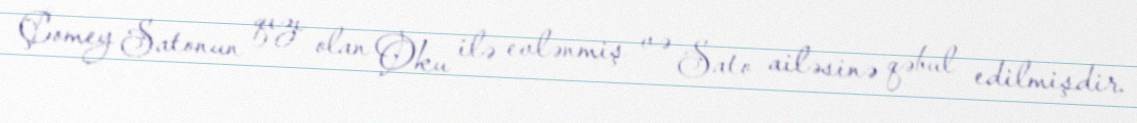
Çomey Satonun qızı olan Oku ilə evlənmiş və Sato ailəsinə qəbul edilmişdir.